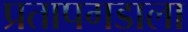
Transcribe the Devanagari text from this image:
प्रतापगडाला